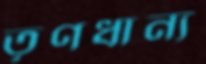
তৃণধান্য